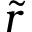
\tilde { r }